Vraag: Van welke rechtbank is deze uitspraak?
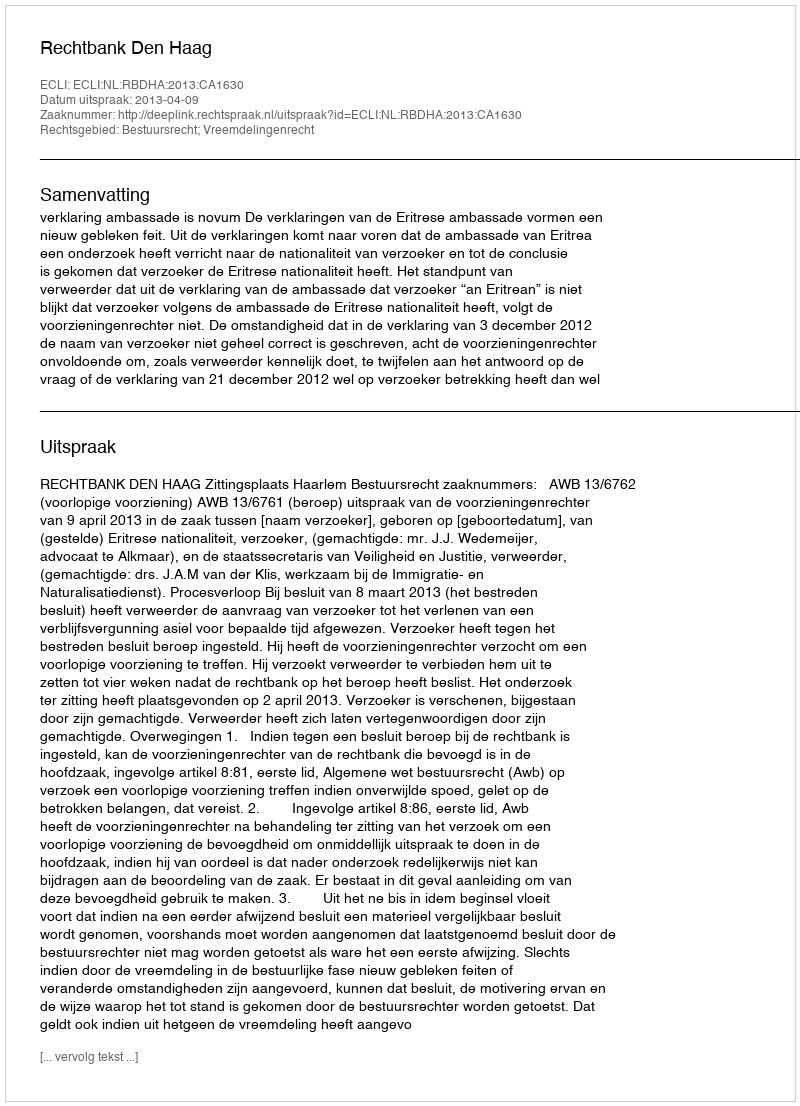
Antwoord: Rechtbank Den Haag